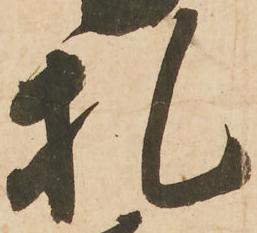
札